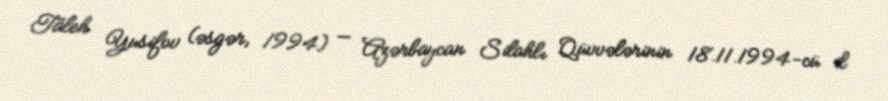
Taleh Yusifov (əsgər, 1994) — Azərbaycan Silahlı Qüvvələrinin 18.11.1994-cü il